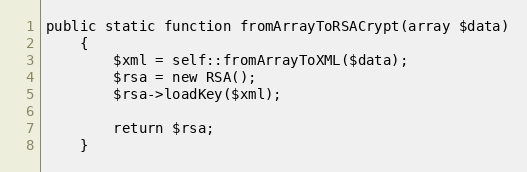
Language: PHP
public static function fromArrayToRSACrypt(array $data)
    {
        $xml = self::fromArrayToXML($data);
        $rsa = new RSA();
        $rsa->loadKey($xml);

        return $rsa;
    }